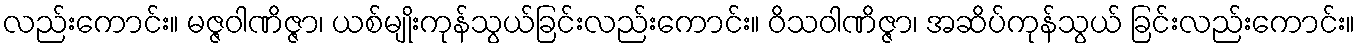
လည်းကောင်း။ မဇ္ဇဝါဏိဇ္ဇာ၊ ယစ်မျိုးကုန်သွယ်ခြင်းလည်းကောင်း။ ဝိသဝါဏိဇ္ဇာ၊ အဆိပ်ကုန်သွယ် ခြင်းလည်းကောင်း။